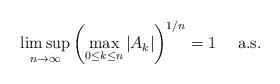
LaTeX: \begin{align*} \limsup_{n\to\infty} \left(\max_{0\le k\le n} |A_k| \right)^{1/n} = 1 \quad\mbox{ a.s.}\end{align*}